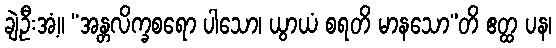
ချဲ့ဦးအံ့။ “အန္တလိက္ခစရော ပါသော၊ ယွာယံ စရတိ မာနသော”တိ ဧတ္ထ ပန၊